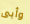
وأبى